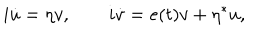
LaTeX: i \dot { u } = \eta v , \quad \quad i \dot { v } = e ( t ) v + \eta ^ { * } u ,